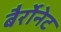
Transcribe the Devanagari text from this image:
बैर्रोनेट